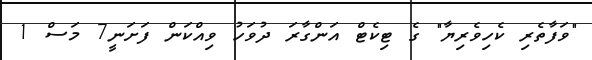
"ވަފާތެރި ކެހިވެރިޔާ" ގެ ޓިކެޓް އަންގާރަ ދުވަހު ވިއްކަން ފަށަނީ7 މަސް 1